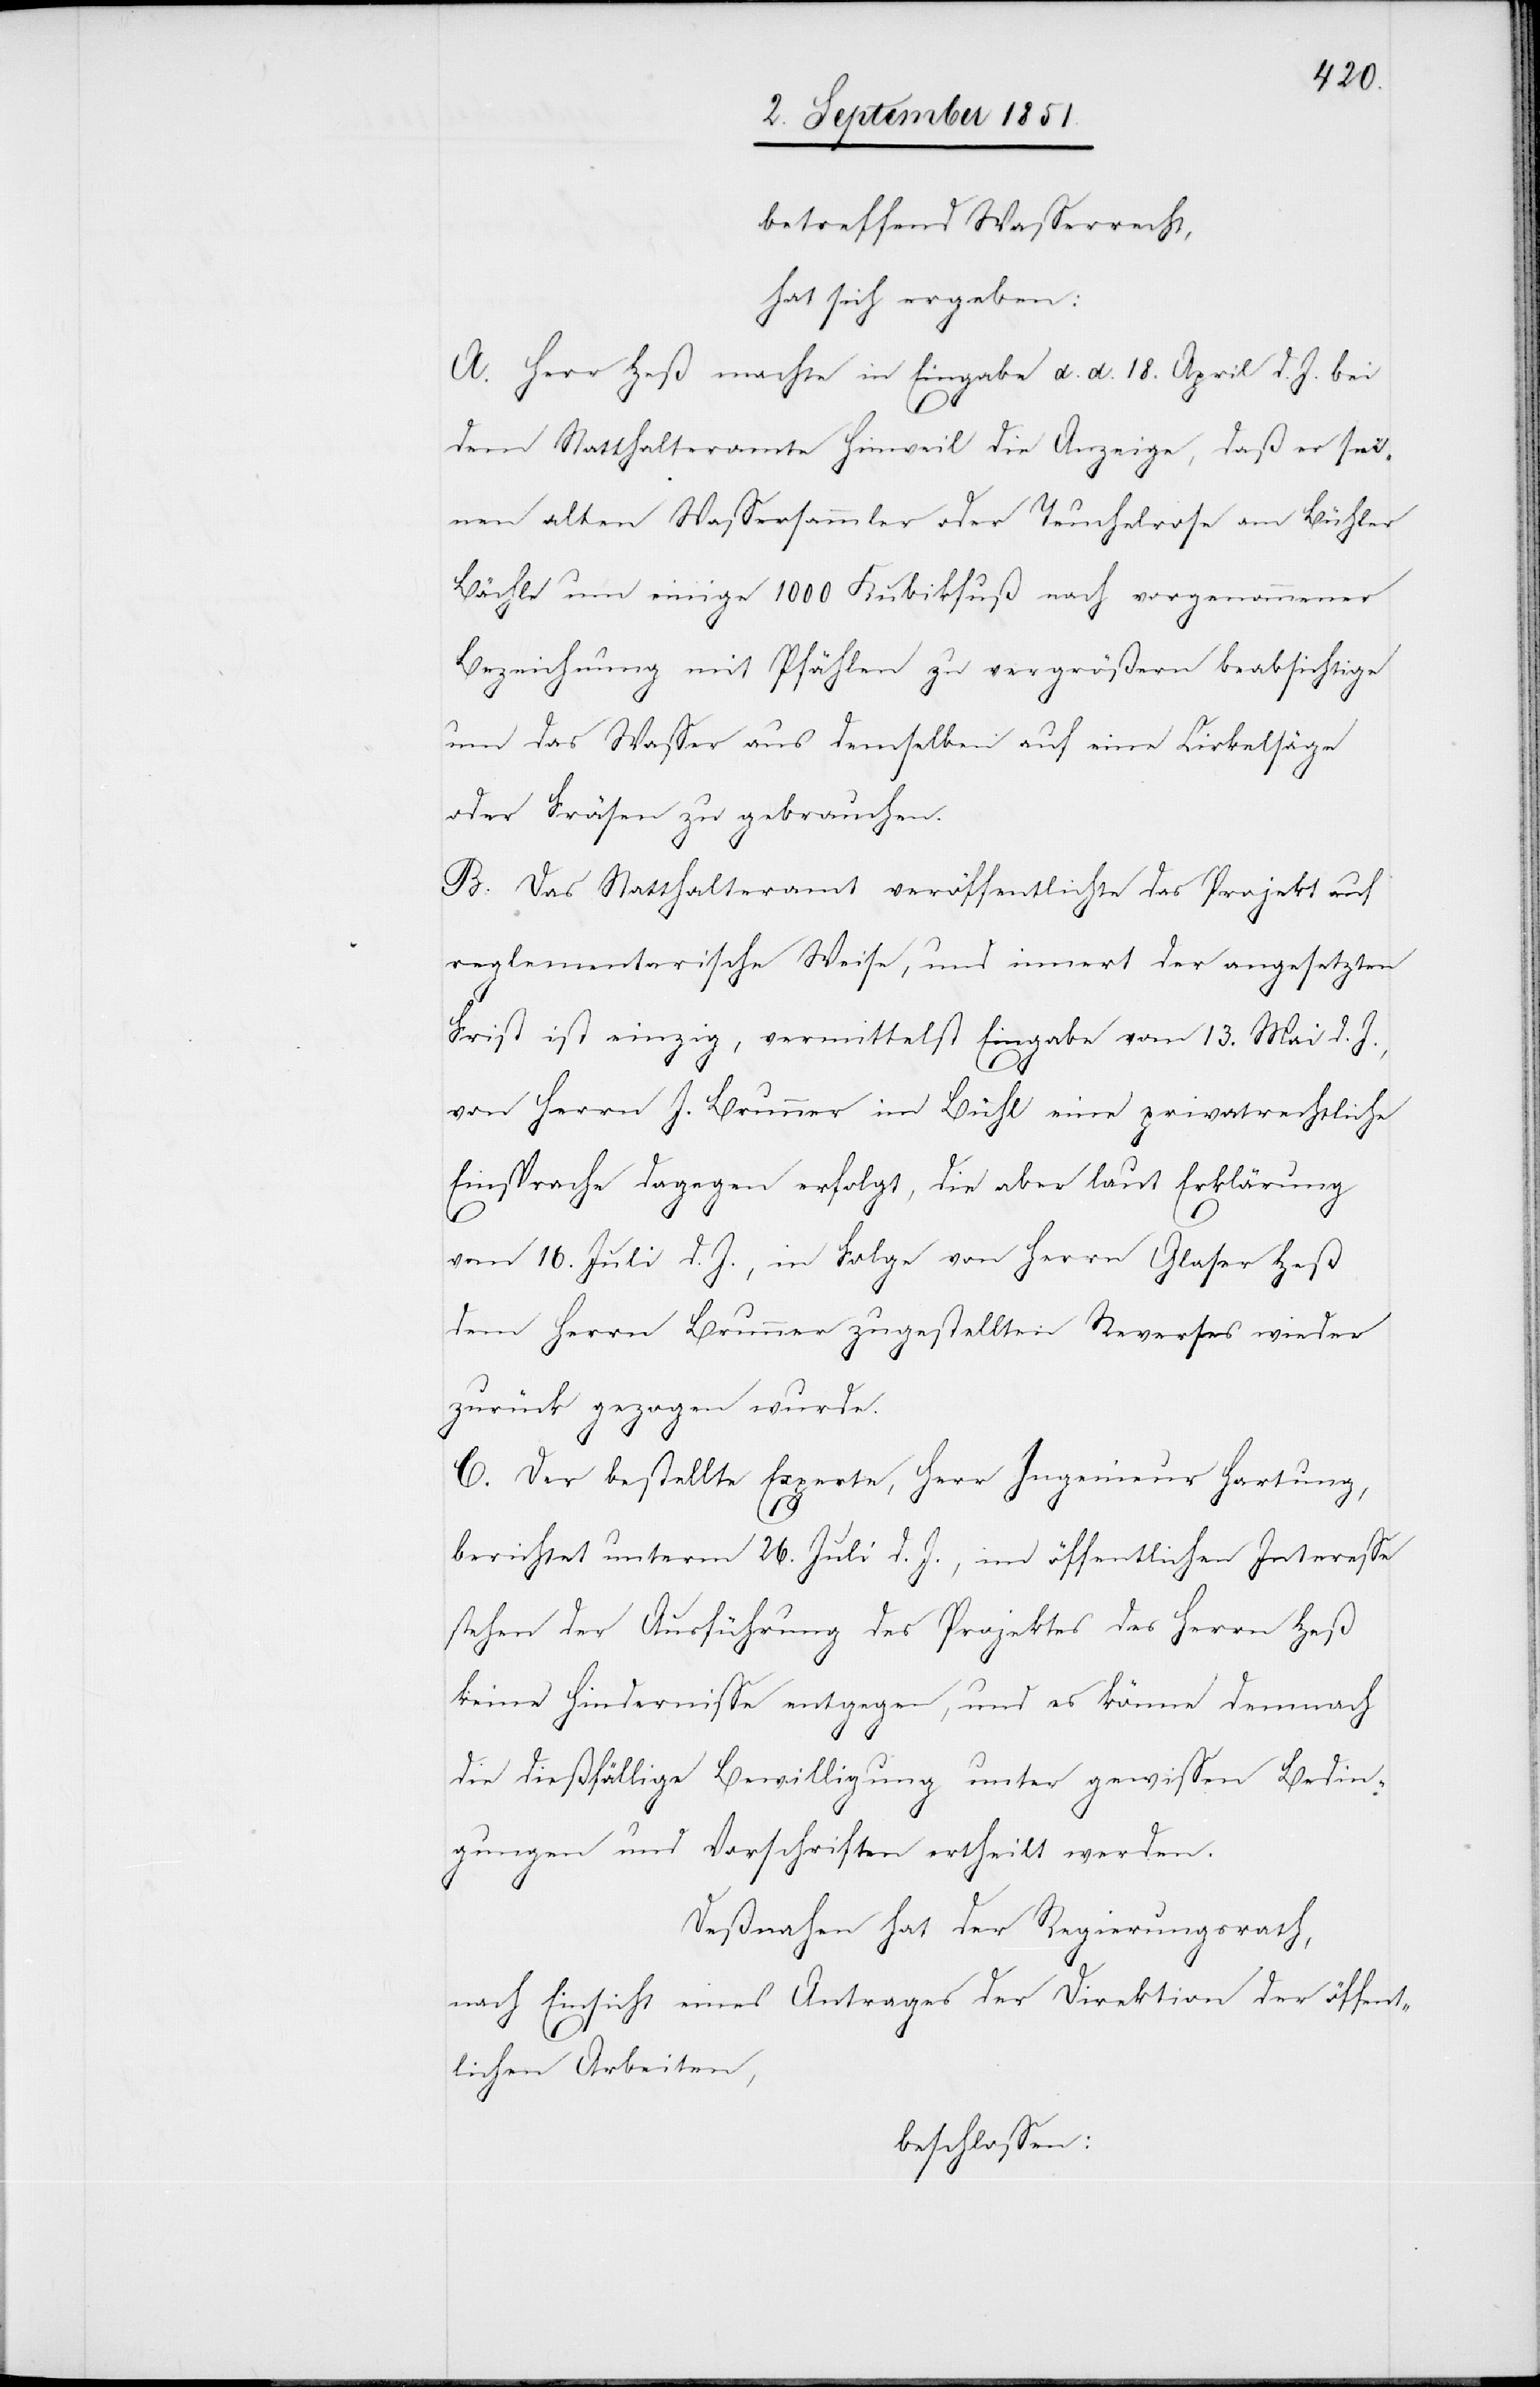
betreffend Wasserrecht,
hat sich ergeben:
A. Herr Heß machte in Eingabe d. d. 18. April d. J. bei
dem Statthalteramte Hinweil die Anzeige, daß er sei¬
nen alten Wassersammler oder Teuchelrose am Bühler
Bächle um einige 1000 Kubikfuß nach vorgenommener
Bezeichnung mit Pfählen zu vergrößern beabsichtige
um das Wasser aus demselben auf eine Cirkelsäge
oder Fräsen zu gebrauchen.
B. Das Statthalteramt veröffentlichte das Projekt auf
reglementarische Weise, und innert der angesetzten
Frist ist einzig, vermittelst Eingabe vom 13. Mai d. J.,
von Herrn J. Brunner im Bühl eine privatrechtliche
Einsprache dagegen erfolgt, die aber laut Erklärung
vom 16. Juli d. J., in Folge von Herrn Glaser Heß
dem Herrn Brunner zugestellten Reverses wieder
zurück gezogen wurde.
C. Der bestellte Experte, Herr Ingenieur Hartung,
berichtet unterm 26. Juli d. J., im öffentlichen Interesse
stehen der Ausführung des Projektes des Herrn Heß
keine Hindernisse entgegen, und es könne demnach
die dießfällige Bewilligung unter gewissen Bedin¬
gungen und Vorschriften ertheilt werden.
Deßnahen hat der Regierungsrath,
nach Einsicht eines Antrages der Direktion der öffent¬
lichen Arbeiten,
beschlossen: